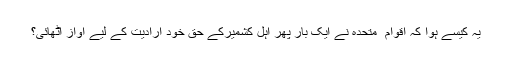
یہ کیسے ہوا کہ اقوام ِ متحدہ نے ایک بار پھر اہلِ کشمیرکے حقِ خود ارادیت کے لیے آواز آٹھائی؟